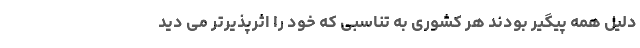
دلیل همه پیگیر بودند هر کشوری به تناسبی که خود را اثرپذیرتر می دید